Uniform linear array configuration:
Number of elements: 64
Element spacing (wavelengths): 0.5
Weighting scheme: hann
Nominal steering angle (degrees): -60
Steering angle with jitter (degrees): -60.644
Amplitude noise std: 0.05
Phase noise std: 0.05

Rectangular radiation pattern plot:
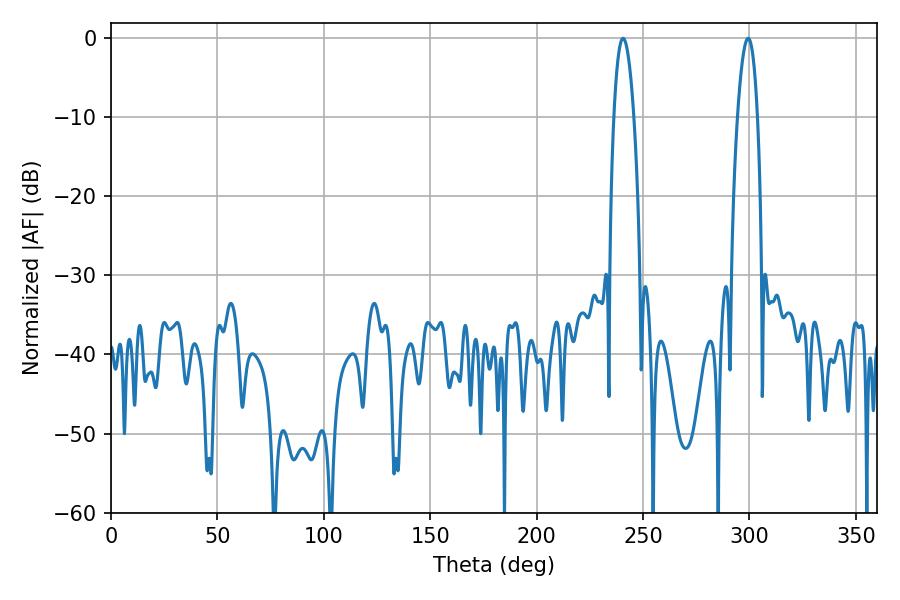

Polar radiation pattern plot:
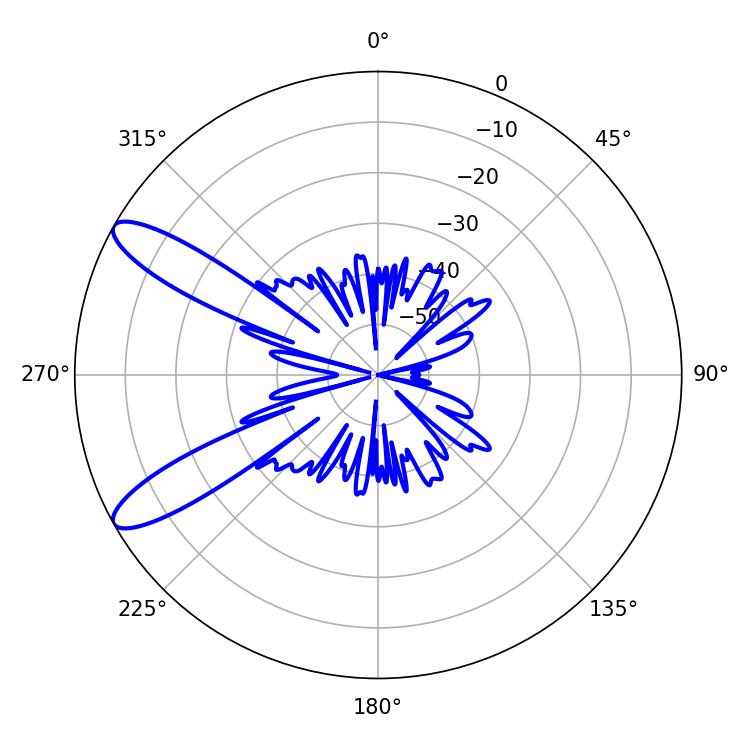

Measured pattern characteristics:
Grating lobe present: FALSE
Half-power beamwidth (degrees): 5.22
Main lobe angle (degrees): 240.66